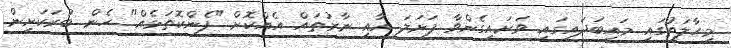
މިހާލަތުގައި މައިބަދައިގައި ވަށައިގެންވާ ފަށަލަ އާއި ނާރުތައް އެއްކޮށް "ފެންކޮތަޅެއް" ހެން ބުރަކަށިން